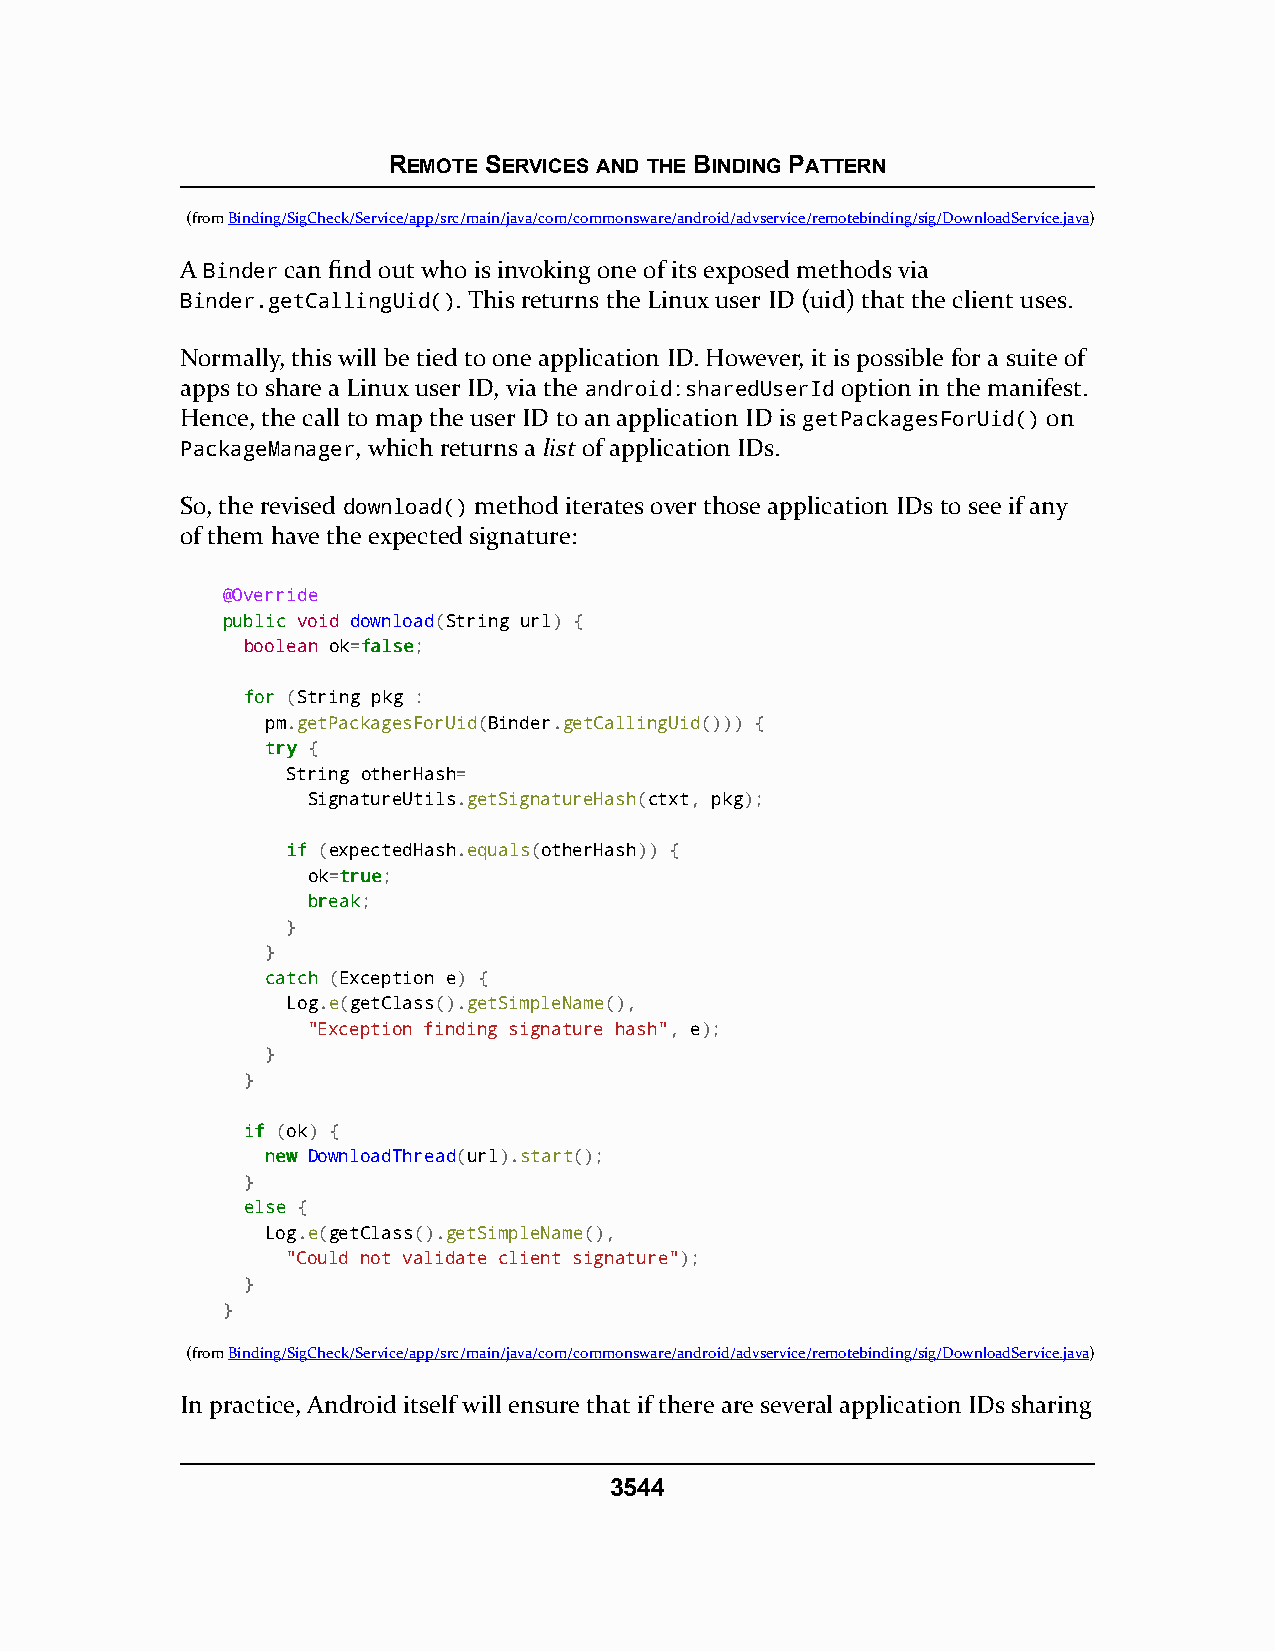
REMOTE SERVICES AND THE BINDING PATTERN
 (fromBinding/SigCheck/Service/app/src/main/java/com/commonsware/android/advservice/remotebinding/sig/DownloadService.java)
 A Binder can find out who is invoking one of its exposed methods via
 Binder.getCallingUid(). This returns the Linux user ID (uid) that the client uses.
 Normally, this will be tied to one application ID. However, it is possible for a suite of
 apps to share a Linux user ID, via the android:sharedUserId option in the manifest.
 Hence, the call to map the user ID to an application ID is getPackagesForUid() on
 PackageManager, which returns a list of application IDs.
 So, the revised download() method iterates over those application IDs to see if any
 of them have the expected signature:
 @Override
 ppuubblliicc void download(String url) {
 boolean ok=ffaallssee;
 ffoorr (String pkg :
 pm.getPackagesForUid(Binder.getCallingUid())) {
 ttrryy {
 String otherHash=
 SignatureUtils.getSignatureHash(ctxt, pkg);
 iiff (expectedHash.equals(otherHash)) {
 ok=ttrruuee;
 bbrreeaakk;
 }
 }
 ccaattcchh (Exception e) {
 Log.e(getClass().getSimpleName(),
 "Exception finding signature hash", e);
 }
 }
 iiff (ok) {
 nneeww DownloadThread(url).start();
 }
 eellssee {
 Log.e(getClass().getSimpleName(),
 "Could not validate client signature");
 }
 }
 (fromBinding/SigCheck/Service/app/src/main/java/com/commonsware/android/advservice/remotebinding/sig/DownloadService.java)
 In practice, Android itself will ensure that if there are several application IDs sharing
 3544